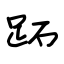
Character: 跖